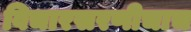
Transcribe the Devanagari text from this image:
विचारसरणीचाच